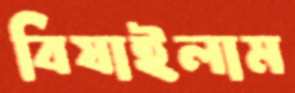
বিষাইলাম